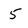
Character: 5